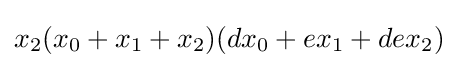
x_{2}(x_{0}+x_{1}+x_{2})(dx_{0}+ex_{1}+dex_{2})